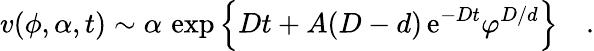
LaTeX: v(\phi,\alpha,t)\sim\alpha\, \exp\left\{ Dt+A(D-d)\, \mathrm{e}^{-Dt}\varphi^{D/d}\right\} \quad.